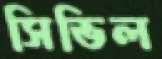
সিভিল